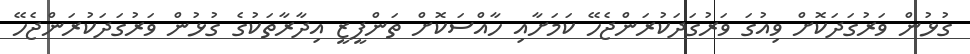
ގުޅުން ވަރުގަދަކޮށް ވިއުގަ ވަރުގަދަކުރަންޖެހޭ ކަމަށާއި ހާއްސަކޮށް ތަންފީޒީ އިދާރާތަކުގެ ގުޅުން ވަރުގަދަކުރަންޖެހޭ